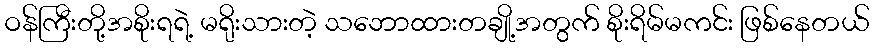
ဝန်ကြီးတို့အစိုးရရဲ့ မရိုးသားတဲ့ သဘောထားတချို့အတွက် စိုးရိမ်မကင်း ဖြစ်နေတယ်